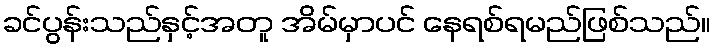
ခင်ပွန်းသည်နှင့်အတူ အိမ်မှာပင် နေရစ်ရမည်ဖြစ်သည်။